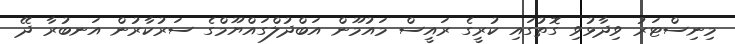
މިނިސްޓަރު ވިދާޅުވި ގޮތުގައި ކުރީގެ ރައީސް މައުމޫން އަބްދުލްގައްޔޫމްގެ ސަރުކާރުން އަނބުރާ ދޭ